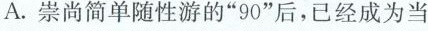
(2分)A.崇尚简单随性游的”90”后，已经成为当